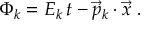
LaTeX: \Phi _ { k } = E _ { k } \, t - \vec { p } _ { k } \cdot \vec { x } \; .